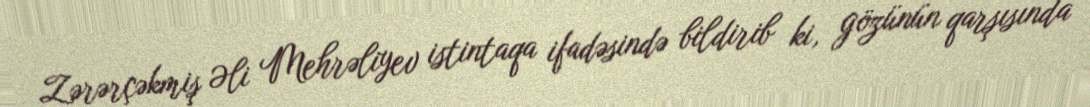
Zərərçəkmiş Əli Mehrəliyev istintaqa ifadəsində bildirib ki, gözünün qarşısında